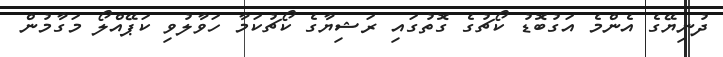
ދުނިޔޭގެ އެންމެ އަގުބޮޑު ކޯޗުގެ ގޮތުގައި ރަޝިޔާގެ ކޯޗުކަމާ ހަވާލުވި ކަޕޭއްލޯ މަގާމުން